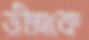
ভীষ্মকে